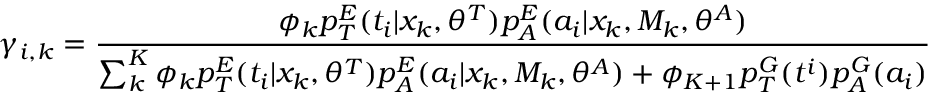
\gamma _ { i , k } = \frac { \phi _ { k } p _ { T } ^ { E } ( t _ { i } | x _ { k } , \theta ^ { T } ) p _ { A } ^ { E } ( a _ { i } | x _ { k } , M _ { k } , \theta ^ { A } ) } { { \sum _ { k } ^ { K } \phi _ { k } p _ { T } ^ { E } ( t _ { i } | x _ { k } , \theta ^ { T } ) p _ { A } ^ { E } ( a _ { i } | x _ { k } , M _ { k } , \theta ^ { A } ) + \phi _ { K + 1 } p _ { T } ^ { G } ( t ^ { i } ) p _ { A } ^ { G } ( a _ { i } ) } }